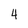
Character: 4